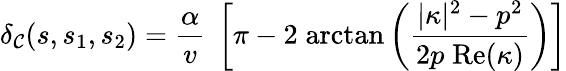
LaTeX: \delta_{\mathcal{C}}(s,s_{1},s_{2})={\frac{{\alpha}}{{v}}}\; \left[\pi-2\; \mathrm{{arctan}}\left({\frac{{\vert\kappa\vert^{2}-p^{2}}}{{2p\; \mathrm{{Re}}(\kappa)}}}\right)\right]